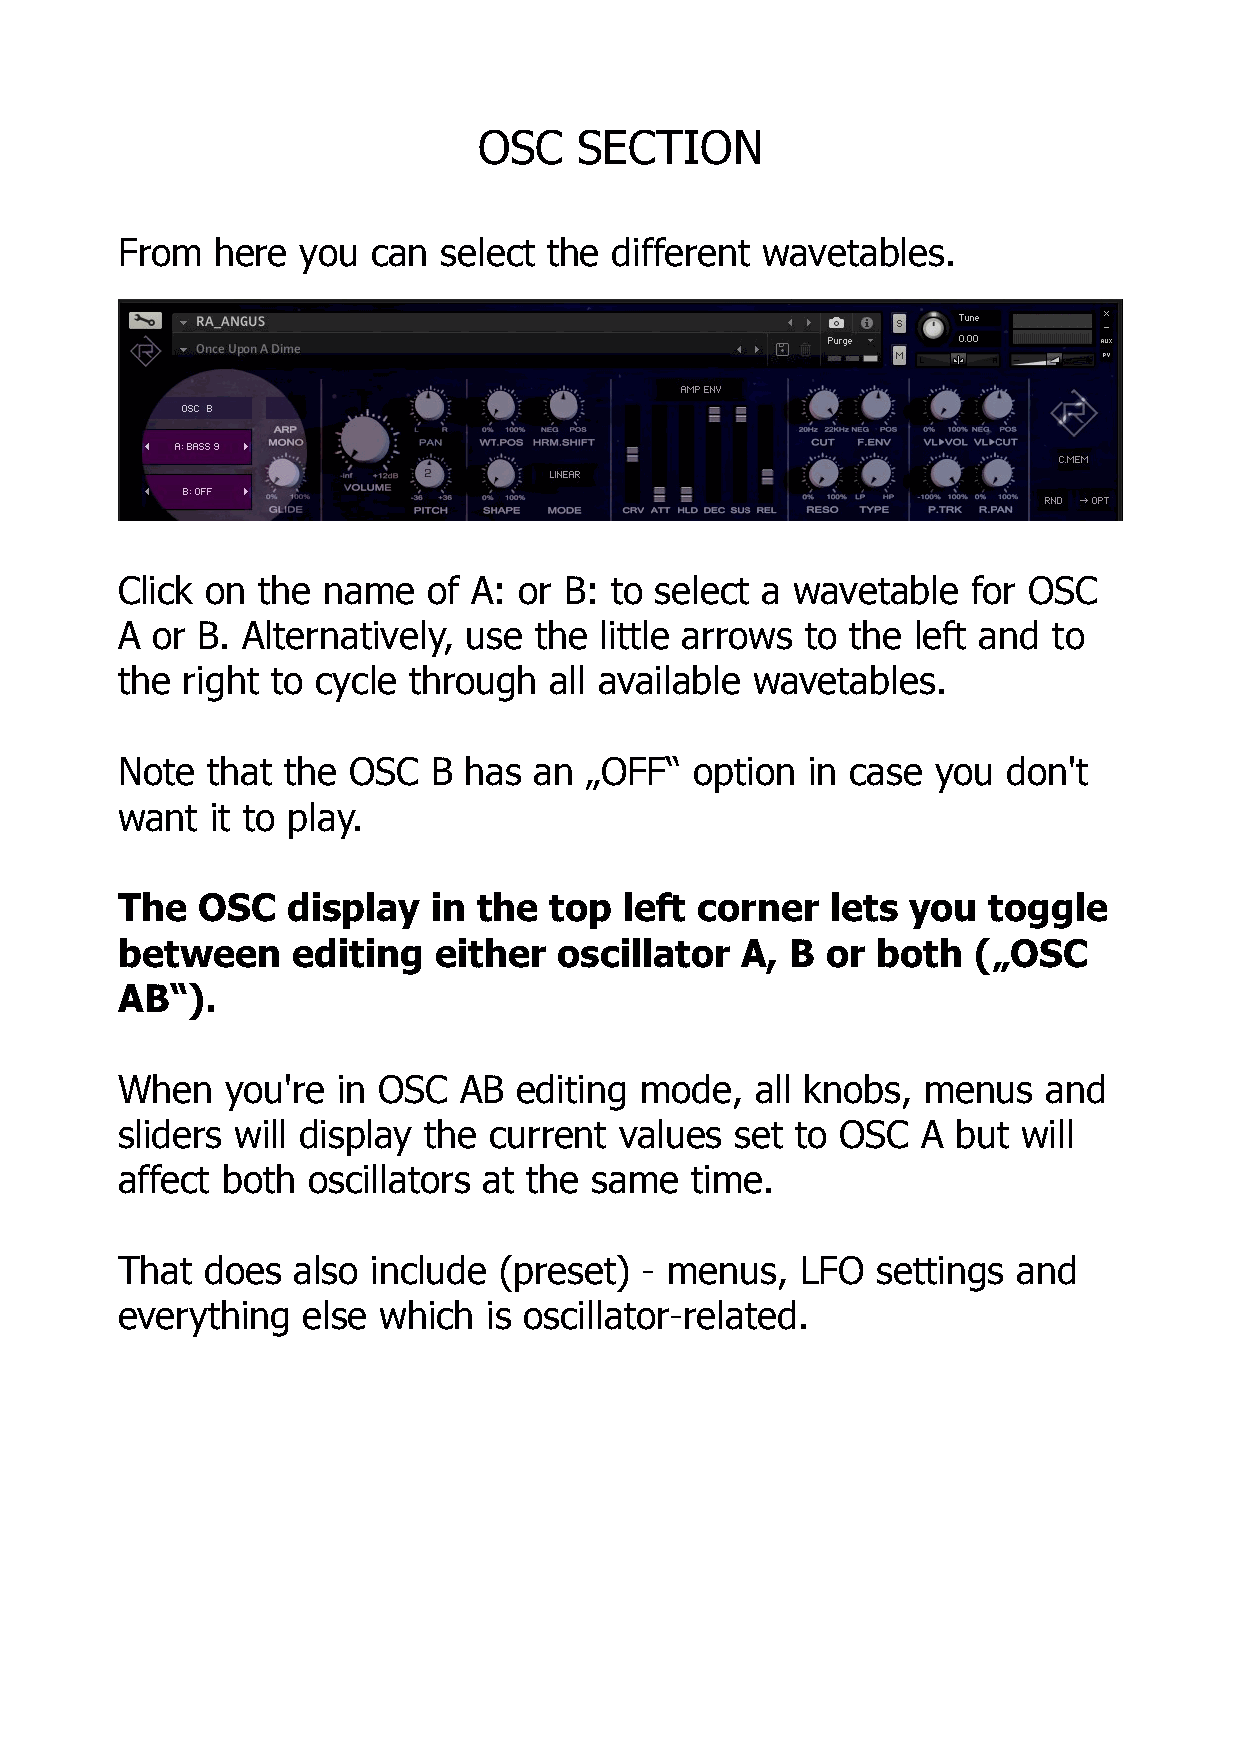
OSC   SECTION
 From  here  you  can select the different wavetables.
 Click on the name   of A: or B: to select a wavetable   for OSC
 A or B. Alternatively, use the  little arrows to the left and to
 the right to cycle through  all available wavetables.
 Note  that the OSC   B has an  „OFF“  option  in case you  don't
 want  it to play.
 The  OSC   display   in the top  left corner   lets you  toggle
 between    editing   either  oscillator  A, B  or both  („OSC
 AB“).
 When   you're in OSC  AB  editing mode,   all knobs, menus   and
 sliders will display the current values  set to OSC  A but  will
 affect both oscillators at the same   time.
 That  does also  include (preset)  - menus,  LFO  settings and
 everything  else which  is oscillator-related.